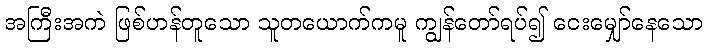
အကြီးအကဲ ဖြစ်ဟန်တူသော သူတယောက်ကမူ ကျွန်တော်ရပ်၍ ငေးမျှော်နေသော